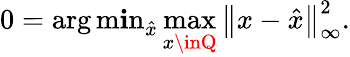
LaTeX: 0=\operatorname{\arg\operatorname*{m\mathbf{i}n}}_{\hat{{x}}}\operatorname*{max}_{x\inQ}\left\| x-{\hat{{x}}}\right\| _{\infty}^{2}.